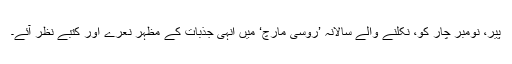
پیر، نومبر چار کو، نکلنے والے سالانہ ’روسی مارچ‘ میں اِنہی جذبات کے مظہر نعرے اور کتبے نظر آئے۔